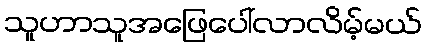
သူဟာသူအဖြေပေါ်လာလိမ့်မယ်